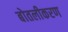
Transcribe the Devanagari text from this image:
बोतलीकरण